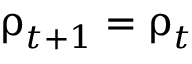
\boldsymbol \uprho _ { t + 1 } = \boldsymbol \uprho _ { t }